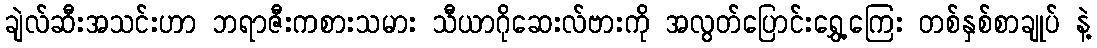
ချဲလ်ဆီးအသင်းဟာ ဘရာဇီးကစားသမား သီယာဂိုဆေးလ်ဗားကို အလွတ်ပြောင်းရွှေ့ကြေး တစ်နှစ်စာချုပ် နဲ့